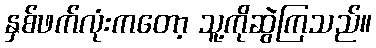
နှစ်ဖက်လုံးကတော့ သူ့ကိုဆွဲကြသည်။